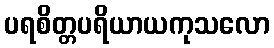
ပရစိတ္တပရိယာယကုသလော